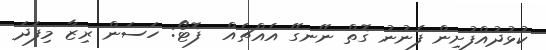
ކުޅުދުއްފުށިން ފެނުނު ގޮތް ނޭނގޭ އެއްޗެއް  ފޮޓޯ: ހަސަން ރިޒާ މިފަދަ